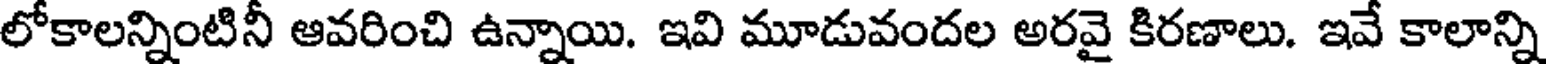
లోకాలన్నింటినీ ఆవరించి ఉన్నాయి. ఇవి మూడువందల అరవై కిరణాలు. ఇవే కాలాన్ని